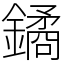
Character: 鐍